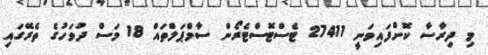
މި ދިރާސާ ކޮށްފައިވަނީ 27411 ޓެސްޓޮސްޓެރޯން ސާމްޕަލްތައް 18 މަސް ދުވަހުގެ ތެރޭގައި